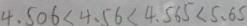
4 . 5 0 6 < 4 . 5 6 < 4 . 5 6 5 < 5 . 6 5